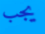
يجب